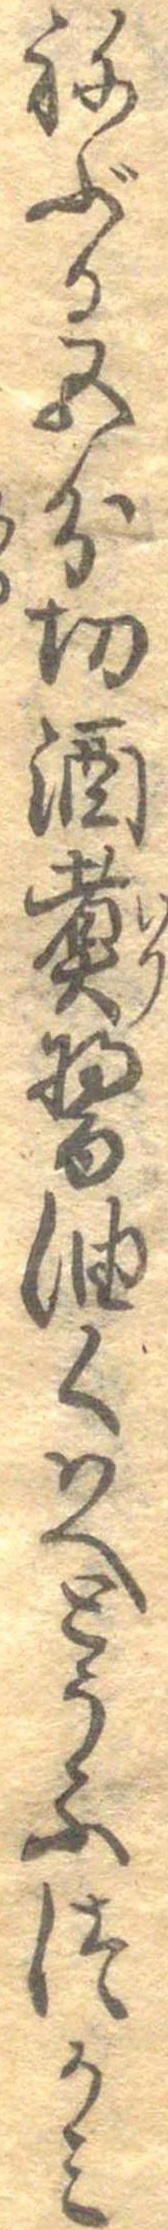
ねぶか五分切酒煮醤油くはへとうふつかみ